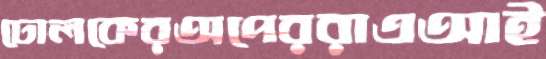
ঢোলকেরঅপেররাএআই